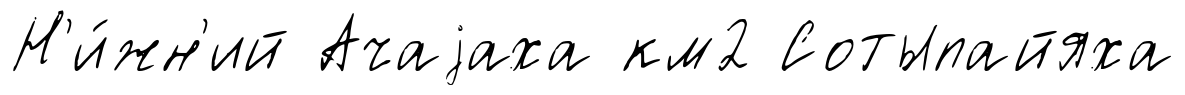
Н'и́жн'ий Ачаjаха км2 Сотыпайяха